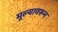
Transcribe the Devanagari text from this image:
मूल्यावरून